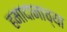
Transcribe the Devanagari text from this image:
हमादानाच्या